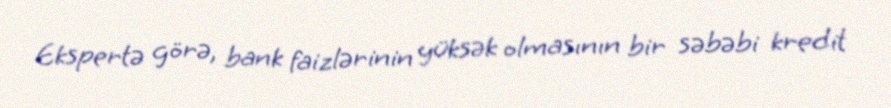
Ekspertə görə, bank faizlərinin yüksək olmasının bir səbəbi kredit